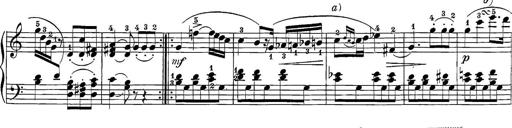
Title: 12 Sonatine per Pianoforte
Composer: Friedrich Kuhlau